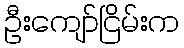
ဦးကျော်ငြိမ်းက